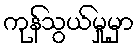
ကုန်သွယ်မှုမှာ